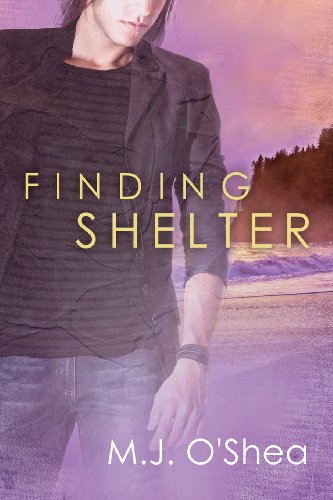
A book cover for Finding Shelter; M. J. O'Shea; Romance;